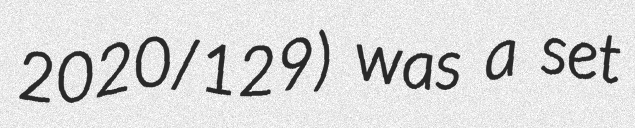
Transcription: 2020/129) was a set